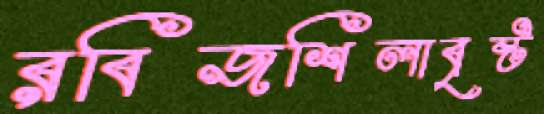
রবিজশিলাবৃষ্ট